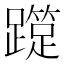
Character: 𨆑